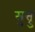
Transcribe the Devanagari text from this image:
सुत्त्रु